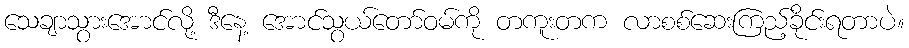
သေချာသွားအောင်လို့ ဒီနေ့ အောင်သွယ်တော်ဝမ်ကို တကူးတက လာစစ်ဆေးကြည့်ခိုင်းရတာပဲ။